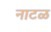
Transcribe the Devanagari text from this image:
नाटळ